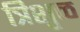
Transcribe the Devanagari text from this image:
त्रिशुळ